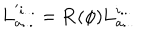
\mathbf { L } _ { a . . . } ^ { ' i . . . } = \mathbf { R } ( \phi ) \mathbf { L } _ { a . . . } ^ { i . . . }